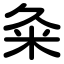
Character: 粂